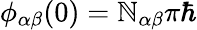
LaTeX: \phi_{\alpha\beta}(0)=\mathbb{N}_{\alpha\beta}\pi\hbar